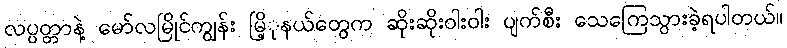
လပ္ပတ္တာနဲ့ မော်လမြိုင်ကျွန်း မြိ့ုနယ်တွေက ဆိုးဆိုးဝါးဝါး ပျက်စီး သေကြေသွားခဲ့ရပါတယ်။